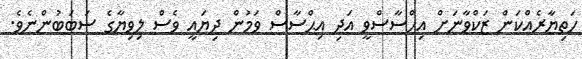
ހަތިޔާރެއްކަން ޒަކްވާނަށް އިޙްސާސްވީ އަދި އިޙްސާސް ވަމުން ދިޔައީ ވެސް ލިވިޔާގެ ސަބަބުންނެވެ.